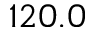
1 2 0 . 0